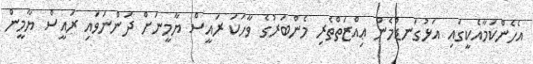
އެހެންކަމާއެކީގައި އަޅުގަނޑުމެން ޢިއްޒަތްތެރި މެންބަރުގެ ވާހަކަ ރައީސް ޔާމީނަށް ދަންނަވައި ރައީސް ޔާމީން